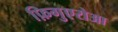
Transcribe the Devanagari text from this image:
फ़िगुएरोआ